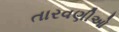
તારવણીઓ